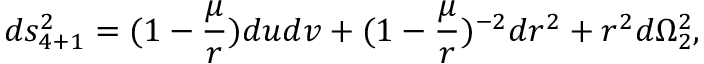
d s _ { 4 + 1 } ^ { 2 } = ( 1 - { \frac { \mu } { r } } ) d u d v + ( 1 - { \frac { \mu } { r } } ) ^ { - 2 } d r ^ { 2 } + r ^ { 2 } d \Omega _ { 2 } ^ { 2 } ,